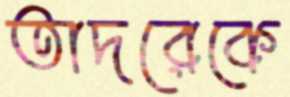
তাদরেকে